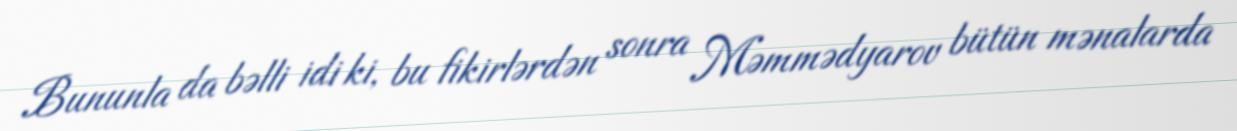
Bununla da bəlli idi ki, bu fikirlərdən sonra Məmmədyarov bütün mənalarda